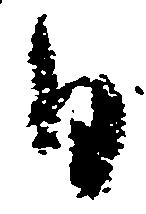
日